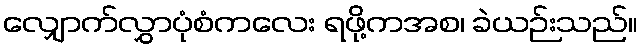
လျှောက်လွှာပုံစံကလေး ရဖို့ကအစ၊ ခဲယဉ်းသည်။